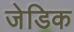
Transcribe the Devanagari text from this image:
जेडिक